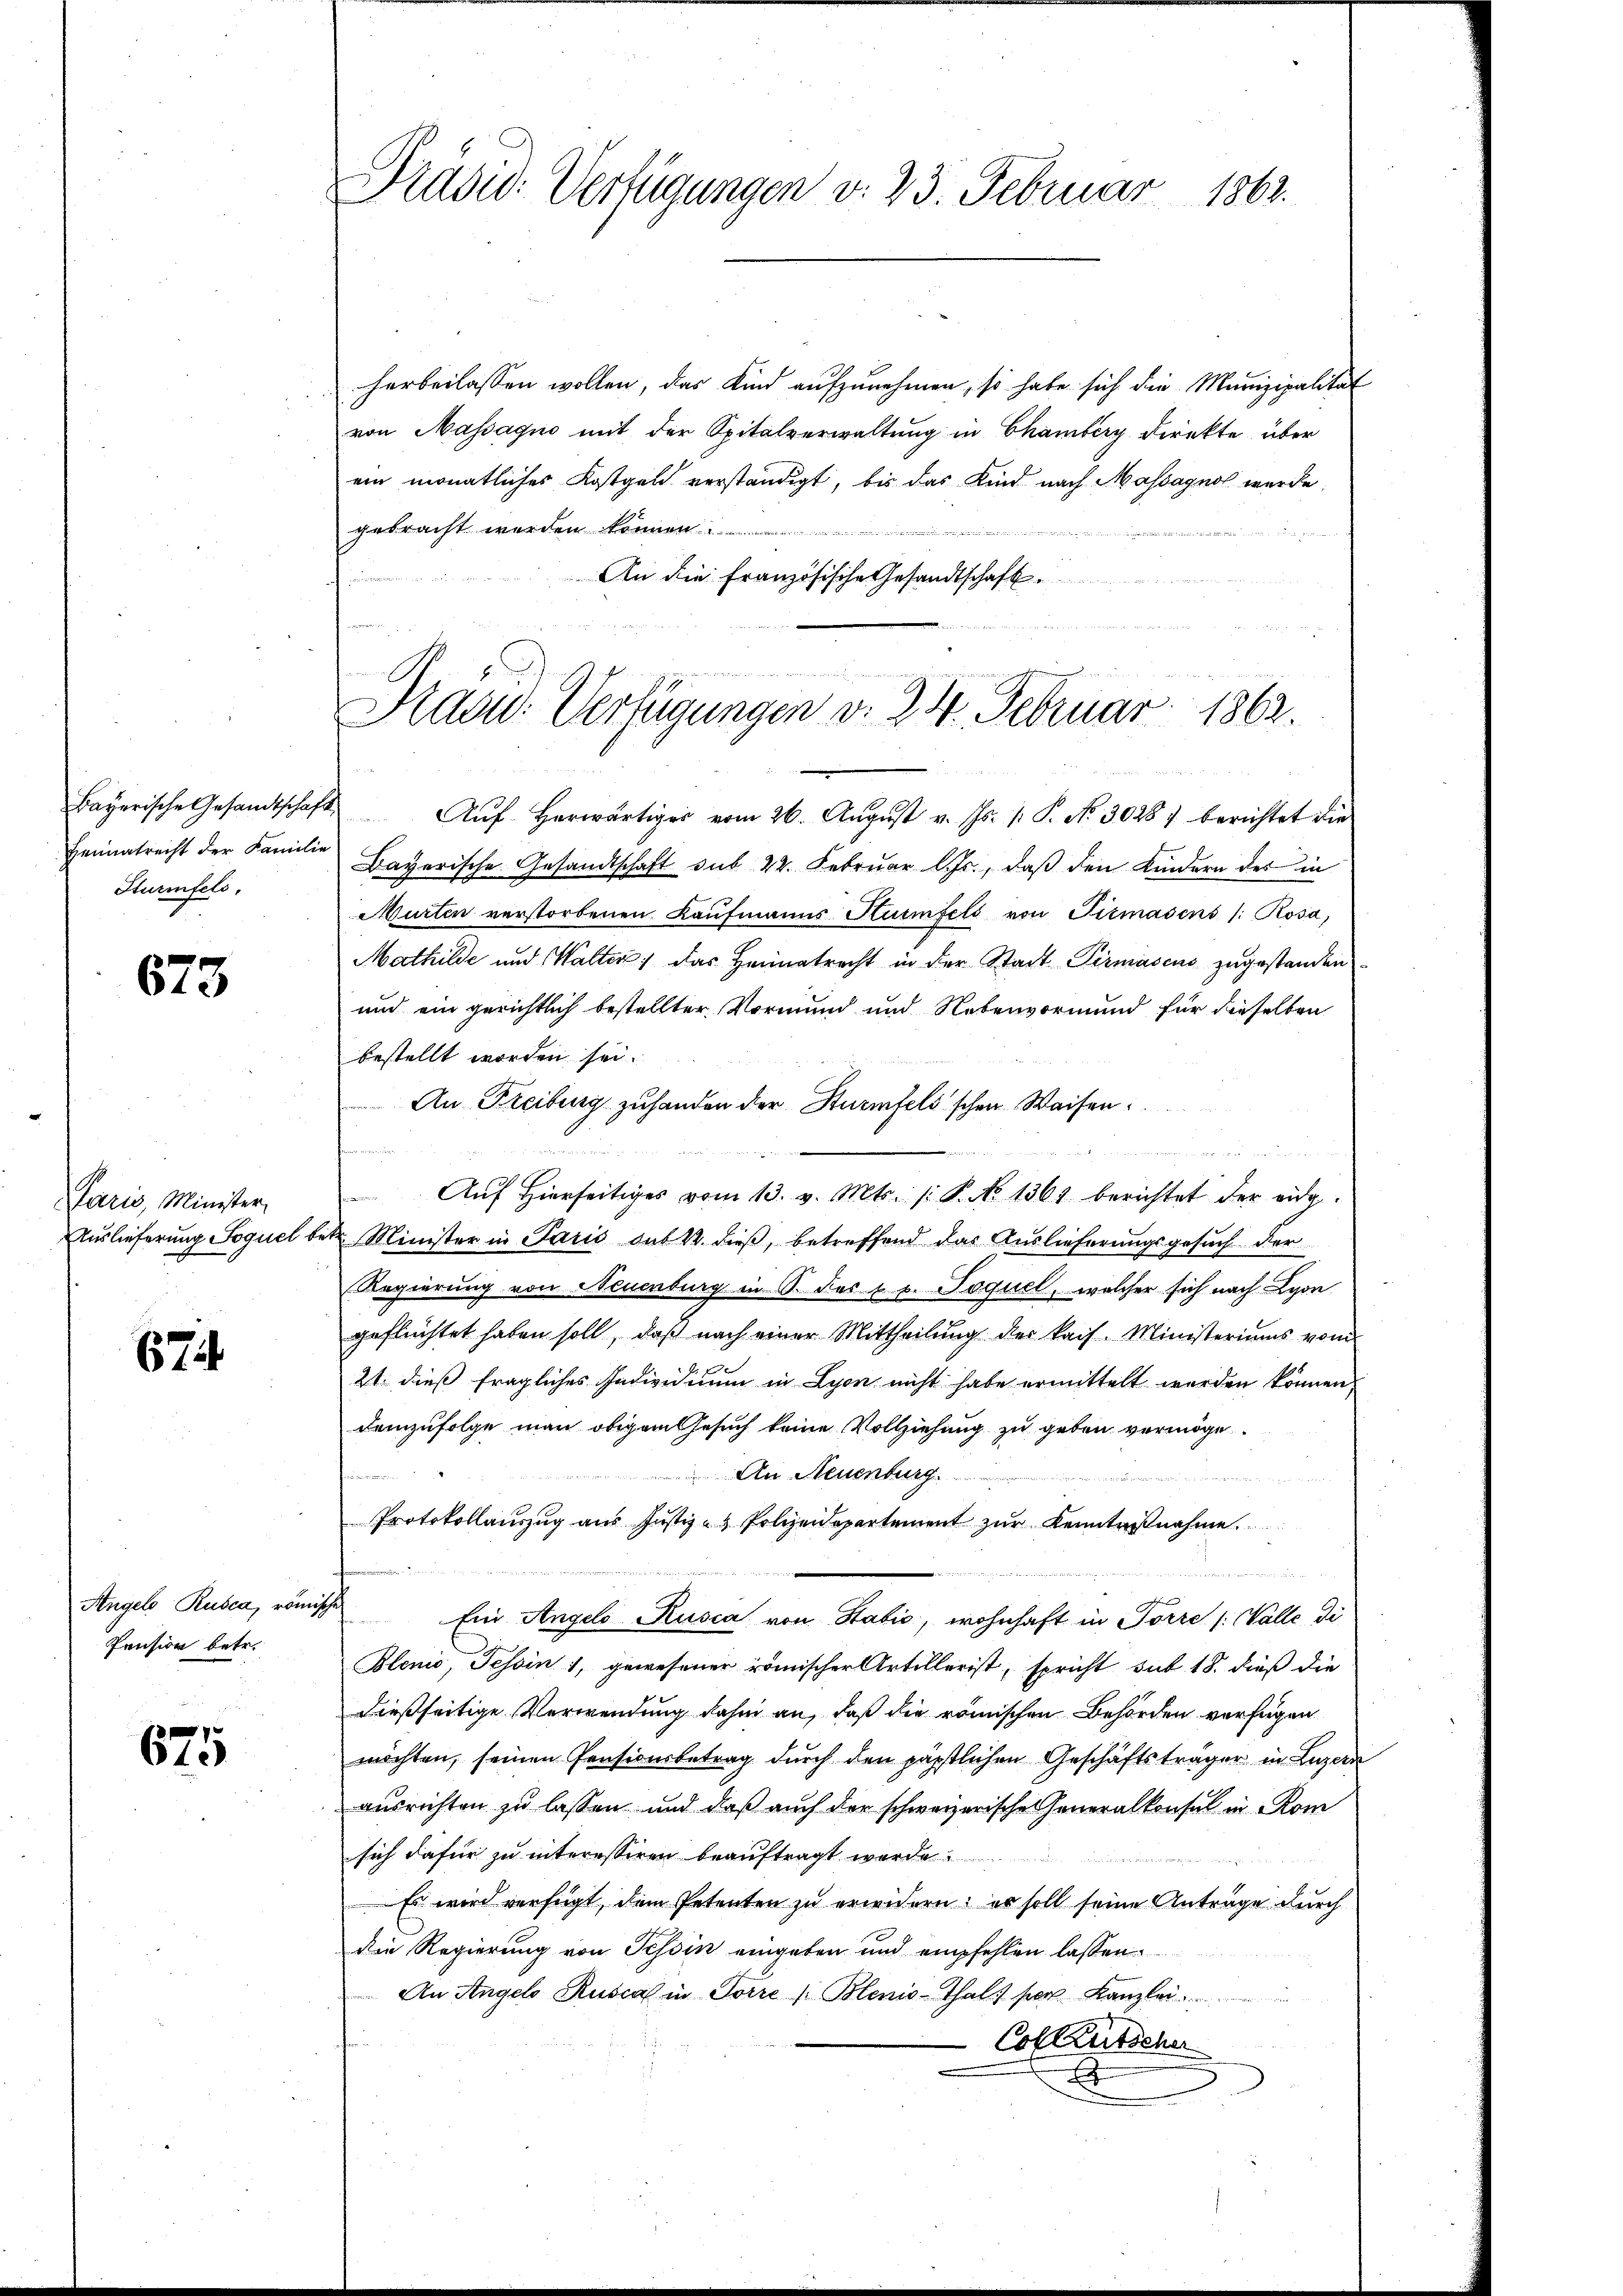
Bayerische Gesandtschaft
Heimatrecht der Familie
Hurmfels,

673.

Paris, Minister,

67

Angels Ruben, römische
Pension betr.

675

herbeilassen wollen, das Kind aufzunehmen, so habe sich die Munizipalität
von Massagio mit der Spitalverwaltung in Chamberg direkte über
ein monatliches Kostgen verständigt, bis das Kind nach Massagnos wurde
gebracht werden können.
An die Französische Gesandtschaft
un

Präsid. Verfügungen v. 23. Februar 1862.

Sad: Verfügungen v. 24. Februar 1862.

Aŭfherwärtiger vom 26. Aŭgŭst v. Js. v. P. No. 30287 berichtet die
Dayerische Gesandtschaft sub 22. Februar l. Js., daß den Kindern der in
Murten verstorbenen Kaŭfmanns Hurmfels von Titmasens (: Rosa,
Mathilde und Walter das Heimatrecht in der Stadt Pirmascus zugestanden
und ein gerichtlich bestellter Vormund und Nebenvormund für dieselben
bestellt worden sei.
An Freiburg zu handen der Sturmfels schen Waisen:
n

Aŭf Hierseitiges vom 13. v. Mts. /: P. No 1361 berichtet der eidg.
Auslieferung Foquel betr. Minister in Paris das K. dieß, betreffend das Auslieferungsgesuch der
Regierung von Neuenburg in S. des 1 p. Paquel, welcher sich nach Lyon
geflüchtet haben soll, daß nach einer Mittheilŭng der kais. Ministeriums vom
21. dieß fragliches Individuum in Lyon nicht habe ermittelt werden können,
Demzufolge man obigem Gesuch keine Vollziehung zu geben vermöge.
fre den kommenen
An Neuenburg.
n
Protokollauszug aus Justiz- & Polizeidepartement zur Kenntnißnahme
eener weiten de
Ein Angelo Kusca von Statio, wohnhaft in Torre /: Walle di
Blenio, Tessin 1, gewesener römischer Artillerist, spricht sub 18. dieß die
dießseitige Verwendung dahin an, daß die römischen Behörden verfügen
möchten, seinen Pensionsbetrag durch den päpstlichen Geschäftsträger in Luzern
ausrichten zu lassen und daß auch der schweizerische Generalkonsul in Rom
sich dafür zu interessiren beauftragt werde.
Es wird verfügt, dem Petenten zu erwidern; es soll seine Anträge durch
die Regierung von Tessin eingeben und empfehlen lassen.
An Angelo Ruscal in Torre (Blenio-Thal) per Kanzlei
Col Kutscher
.